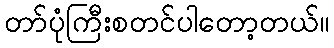
တာ်ပုံကြီးစတင်ပါတော့တယ်။